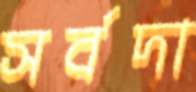
সর্বদা